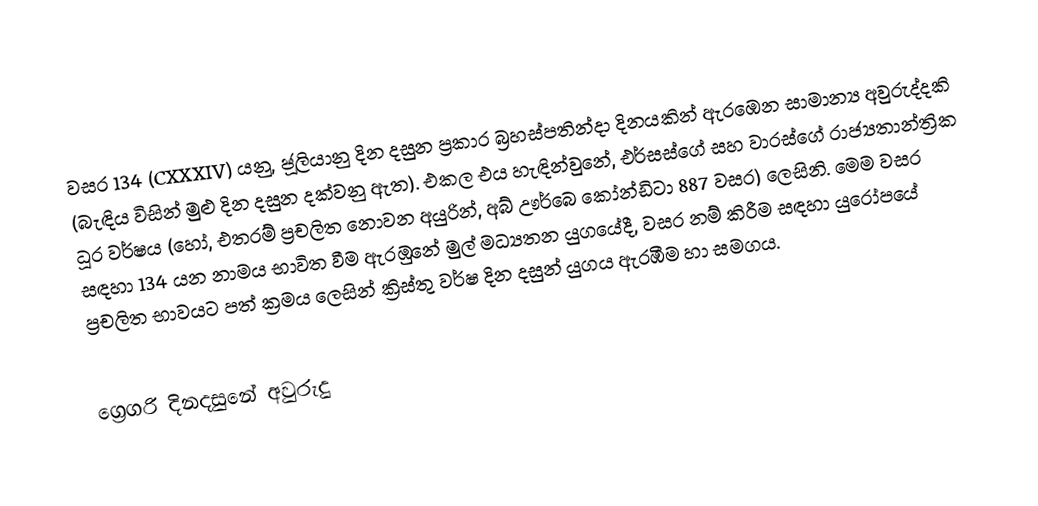

වසර 134 (CXXXIV) යනු,  ජූලියානු දින දසුන ප්‍රකාර   බ්‍රහස්පතින්දා දිනයකින් ඇරඹෙන සාමාන්‍ය අවුරුද්දකි  (බැඳිය විසින් මුළු දින දසුන දක්වනු ඇත). එකල එය හැඳින්වුනේ, එර්සස්ගේ සහ වාරස්ගේ රාජ්‍යතාන්ත්‍රික  ධූර වර්ෂය (හෝ, එතරම් ප්‍රචලිත නොවන අයුරින්,  අබ් ඌර්බෙ කෝන්ඩිටා  887 වසර) ලෙසිනි.  මෙම වසර සඳහා 134 යන නාමය භාවිත වීම ඇරඹුනේ මුල් මධ්‍යතන යුගයේදී, වසර නම් කිරීම සඳහා යුරෝපයේ ප්‍රචලිත භාවයට පත් ක්‍රමය ලෙසින් ක්‍රිස්තු වර්ෂ දින දසුන් යුගය ඇරඹීම හා සමගය.

ග්‍රෙගරි දිනදසුනේ අවුරුදු